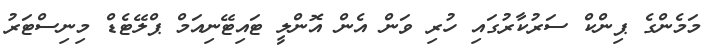
މަމެންގެ ޕިންކް ސަރުކާރުގައި ހުރި ވަން އެން އޮންލީ ޓައިޓޭނިއަމް ޕްލޭޓެޑް މިނިސްޓަރު